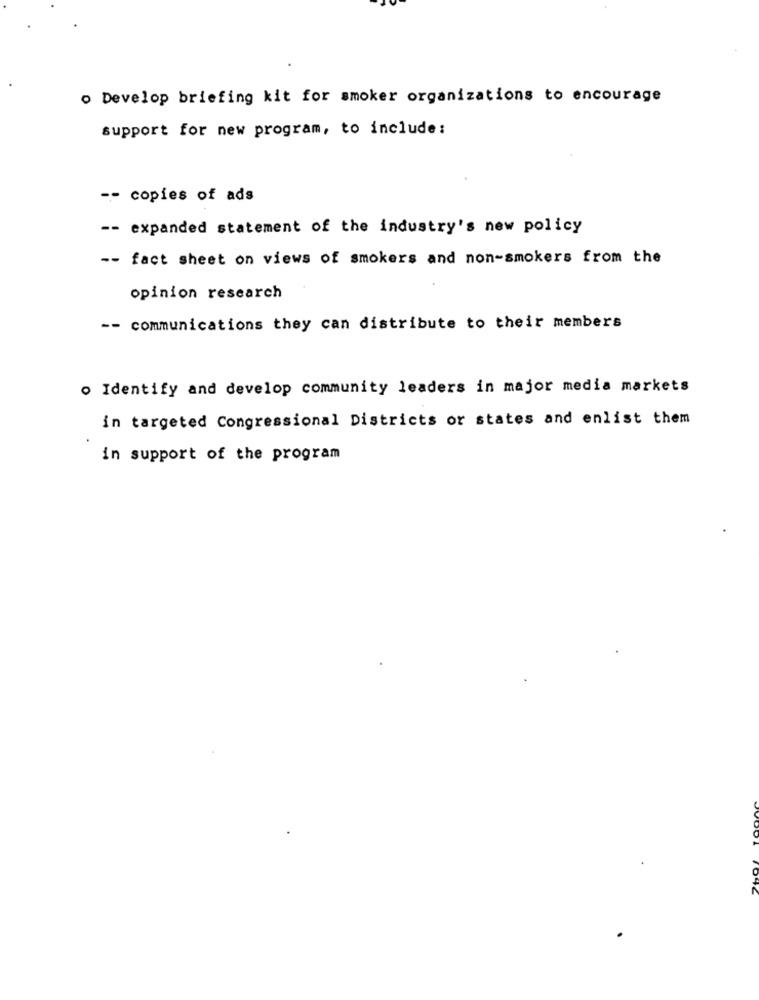
. Develop briefing kit for smoker organizations to encourage
support for new program, to include:
-- copies of ads
-- expanded statement of the industry's new policy
-- fact sheet on views of smokers and non-smokers from the
opinion research
-- communications they can distribute to their members
o Identify and develop community leaders in major media markets
in targeted Congressional Districts or states and enlist them
in support of the program